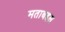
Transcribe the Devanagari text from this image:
मताबद्दल